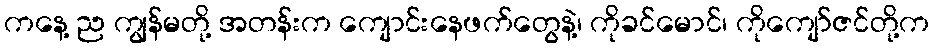
ကနေ့ ည ကျွန်မတို့ အတန်းက ကျောင်းနေဖက်တွေနဲ့၊ ကိုခင်မောင်၊ ကိုကျော်ဇင်တို့က